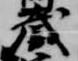
蔵